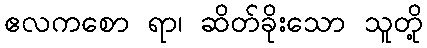
ဧလကစော ရာ၊ ဆိတ်ခိုးသော သူတို့